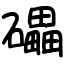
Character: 礧